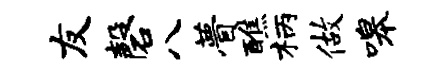
友磬八瞢醮柄做嗥